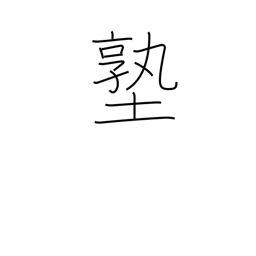
Meaning: private school